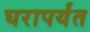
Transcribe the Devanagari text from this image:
घरापर्यंत